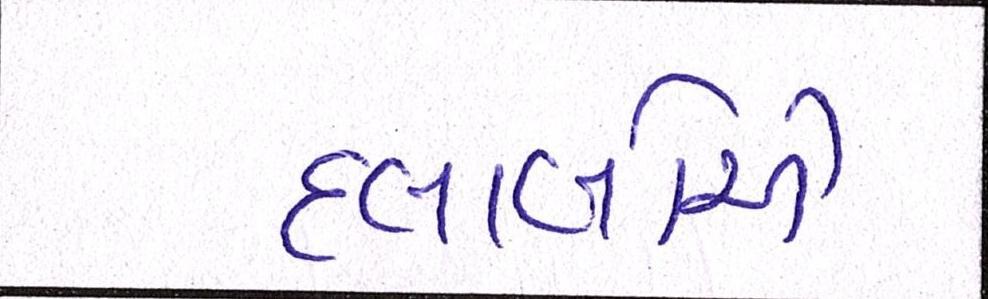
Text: દલાલોએ